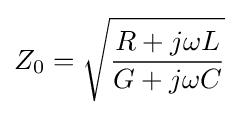
Z_{0}={\sqrt {\frac {R+j\omega L}{G+j\omega C}}}